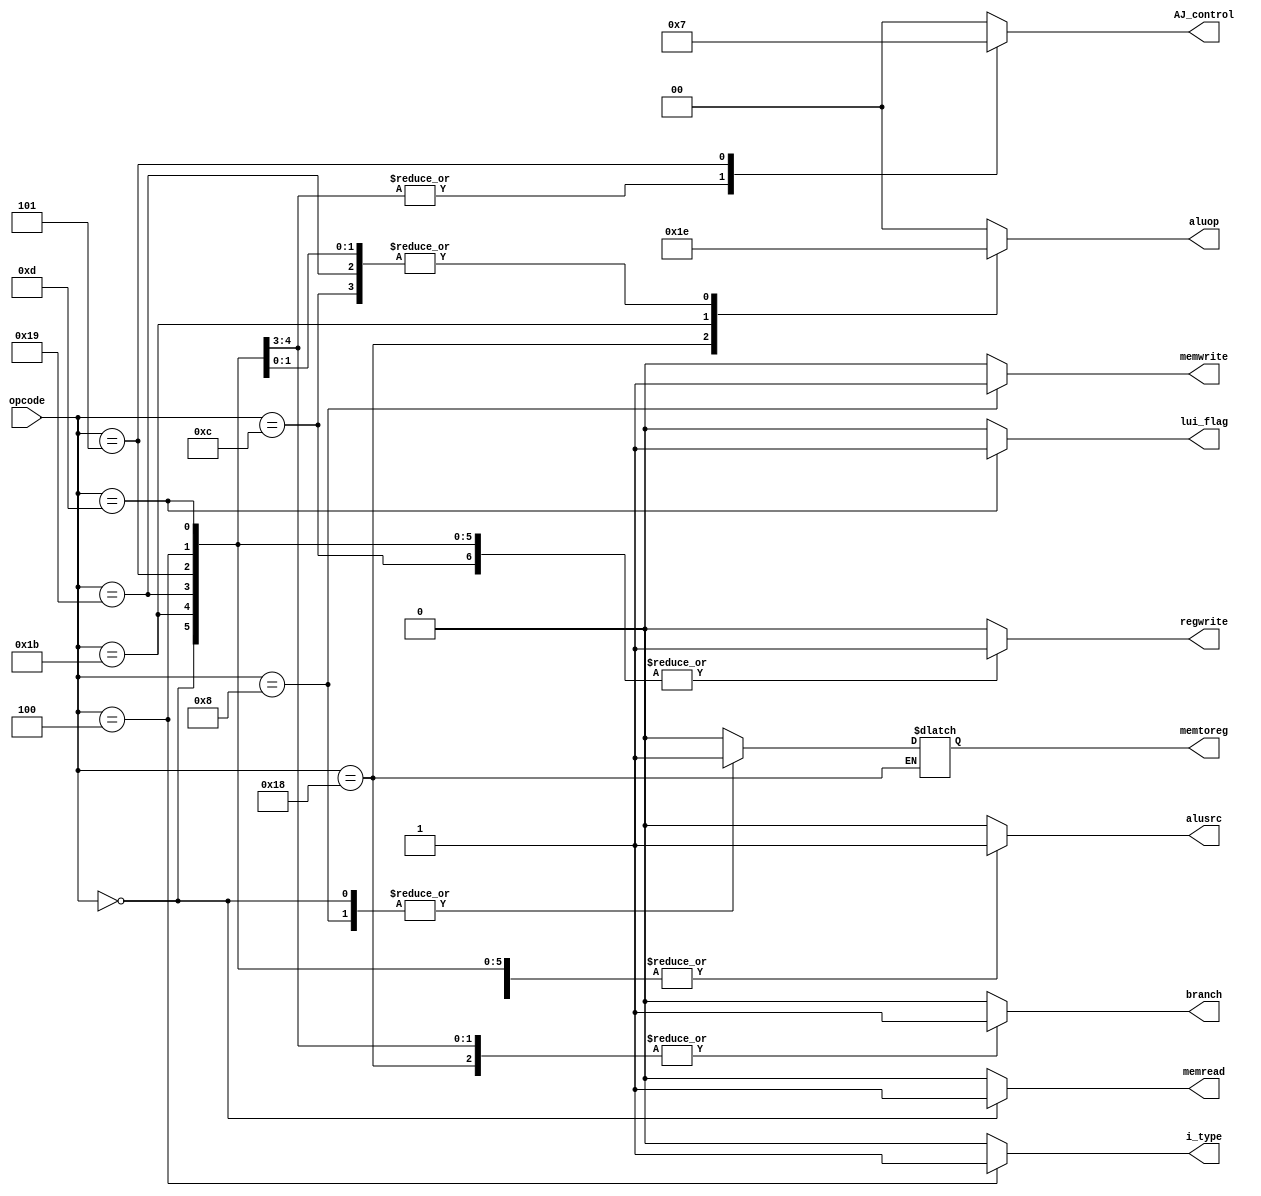
`timescale 1ns / 1ps

module Control_unit(input [6:2]opcode, output reg branch,
output reg  memread,output reg  memtoreg,
output reg [1:0]aluop,output reg memwrite, output reg  alusrc,output reg regwrite,
output reg i_type ,
output reg [1:0] AJ_control,
output reg lui_flag  // addded by slama
);


always @(*)
begin
case(opcode) 
5'b01100 :  // R-type
begin 
 branch=0;
  memread=0;
   memtoreg=0;
 aluop=10;
  memwrite=0; 
   alusrc=0;
    regwrite=1;
    i_type=0;
            lui_flag=0;
                AJ_control=2'b00;
    
end
5'b00000 : //lw
begin 
 branch=0;
  memread=1;
   memtoreg=1;
 aluop=00;
  memwrite=0; 
   alusrc=1;
    regwrite=1;
      i_type=0;
       lui_flag=0;
            AJ_control=2'b00;
end
5'b01000:  //sw
begin 
 branch=0;
  memread=0;
   memtoreg=1;
 aluop=00;
  memwrite=1; 
   alusrc=1;
    regwrite=0;
      i_type=0;
        lui_flag=0;
        AJ_control=2'b00;
end
5'b11000: // branches
begin 
 branch=1;
  memread=0;
  // memtoreg=1;
 aluop=01;
  memwrite=0; 
   alusrc=0;
    regwrite=0;
      i_type=0;
        lui_flag=0;
        AJ_control=2'b00;
end
5'b00100://I_type
begin 
 branch=0;
  memread=0;
   memtoreg=0;
 aluop=10;
  memwrite=0; 
   alusrc=1;
    regwrite=1;
    i_type=1;
      lui_flag=0;
      AJ_control=2'b00;
    end
     5'b11011: //jal
     begin
      branch=1;
      memread=0;
       memtoreg=0;
     aluop=11;
      memwrite=0; 
       alusrc=1;
        regwrite=1;
        i_type=0;
        lui_flag=0;
        AJ_control=2'b01;
        
   end
    5'b11001: //jalr
    begin
     branch=1;
      memread=0;
       memtoreg=0;
     aluop=10;
      memwrite=0; 
       alusrc=1;
        regwrite=1;
        lui_flag=0;
        i_type=0;
    AJ_control=2'b01;
    end
     5'b00101: //auipc
   begin
     branch=0;
    memread=0;
     memtoreg=0;
   aluop=00;  //add as load 
    memwrite=0; 
     alusrc=1;
     lui_flag=0;
      regwrite=1;
      i_type=0;
      AJ_control=2'b11;
   end
    //added by slam
     5'b01101:      //lui
      begin
       branch=0;
      memread=0;
       memtoreg=0;
     aluop=10; 
      memwrite=0; 
       alusrc=1;
        regwrite=1;
        i_type=0;
        lui_flag=1;
        AJ_control=2'b00;
      end
default :
begin
 branch=0;
 memread=0;
  memtoreg=0;
aluop=2'b00;
 memwrite=0; 
  alusrc=0;
   regwrite=0;
     i_type=0;
     AJ_control=2'b00;
      lui_flag=0;
   end
   
  
   
endcase
end

endmodule